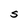
Character: S